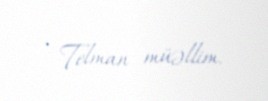
- Telman müəllim.